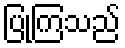
ပြုကြသည်